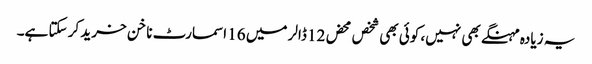
یہ زیادہ مہنگے بھی نہیں، کوئی بھی شخص محض 12 ڈالر میں 16 اسمارٹ ناخن خرید کر سکتا ہے۔